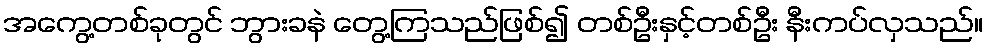
အကွေ့တစ်ခုတွင် ဘွားခနဲ တွေ့ကြသည်ဖြစ်၍ တစ်ဦးနှင့်တစ်ဦး နီးကပ်လှသည်။